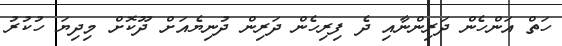
ހަތް އަންހެން ދަރިންނާއި ދެ ފިރިހެން ދަރިން ދުނިޔެއަށް ދޫކޮށް މިދިޔަ ހުކުރު